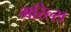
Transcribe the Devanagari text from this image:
मॉरेल्स